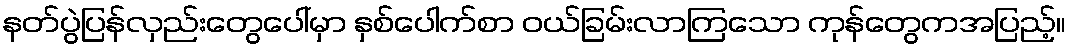
နတ်ပွဲပြန်လှည်းတွေပေါ်မှာ နှစ်ပေါက်စာ ဝယ်ခြမ်းလာကြသော ကုန်တွေကအပြည့်။